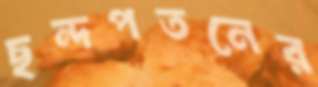
ছন্দপতনের